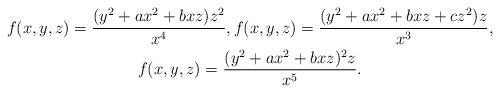
LaTeX: \begin{gather*}f(x,y,z)=\dfrac{(y^2+ax^2+bxz)z^2}{x^{4}},f(x,y,z)=\dfrac{(y^2+ax^2+bxz+cz^2)z}{x^{3}},\\f(x,y,z)=\dfrac{(y^2+ax^2+bxz)^2z}{x^{5}}.\\\end{gather*}